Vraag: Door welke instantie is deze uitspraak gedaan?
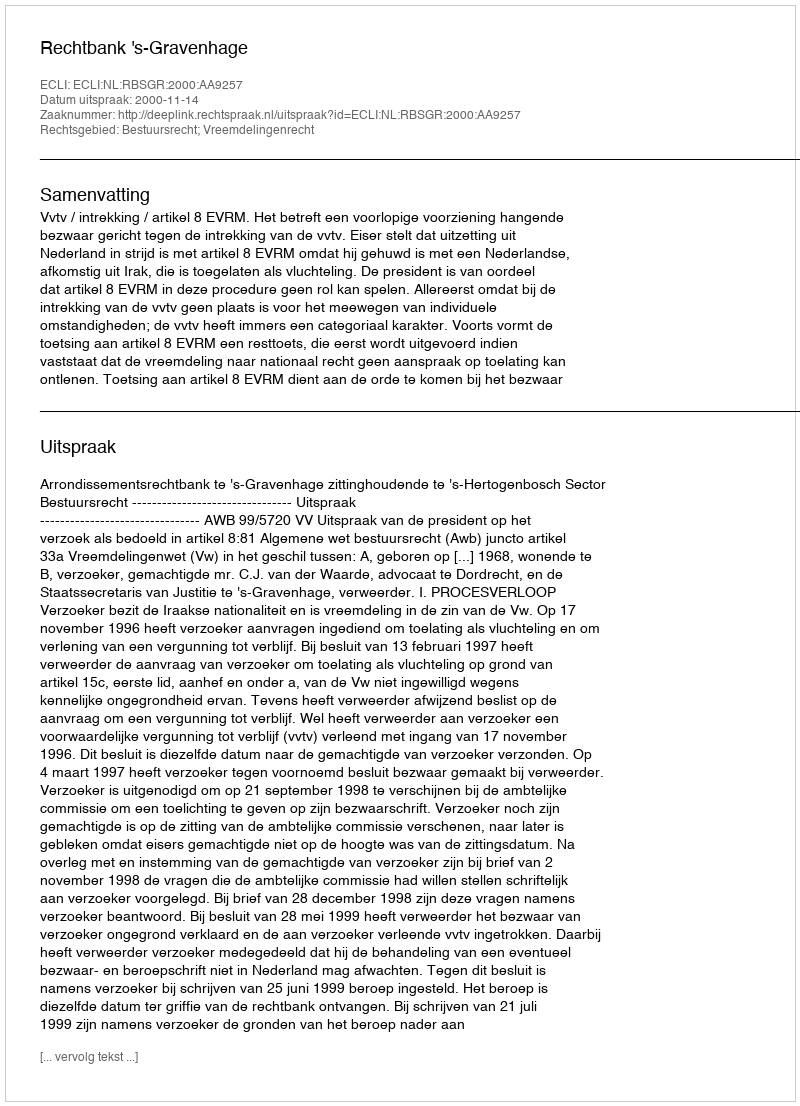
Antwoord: Rechtbank 's-Gravenhage